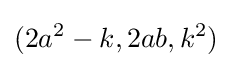
(2a^{2}-k,2ab,k^{2})